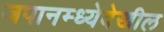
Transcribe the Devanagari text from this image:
जपानम्ध्येदेखील